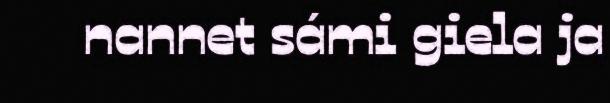
nannet sámi giela ja